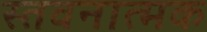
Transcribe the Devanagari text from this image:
स्तवनात्मक